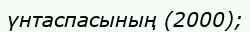
үнтаспасының (2000);